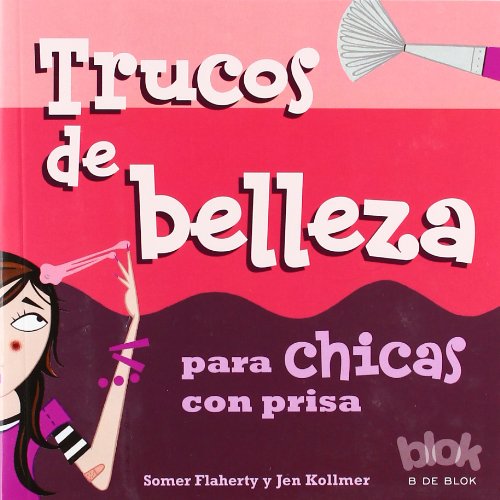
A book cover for Trucos de belleza para chicas con prisa (Spanish Edition); Somer Flaherty; Teen & Young Adult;